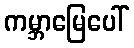
ကမ္ဘာမြေပေါ်